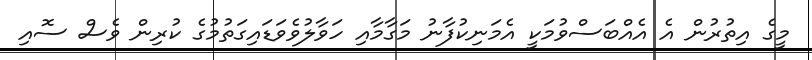
މީގެ އިތުރުން އެ އެއްބަސްވުމަކީ އެމަނިކުފާނު މަގާމާއި ހަވާލުވެވަޑައިގަތުމުގެ ކުރިން ވެސް ސޮއި